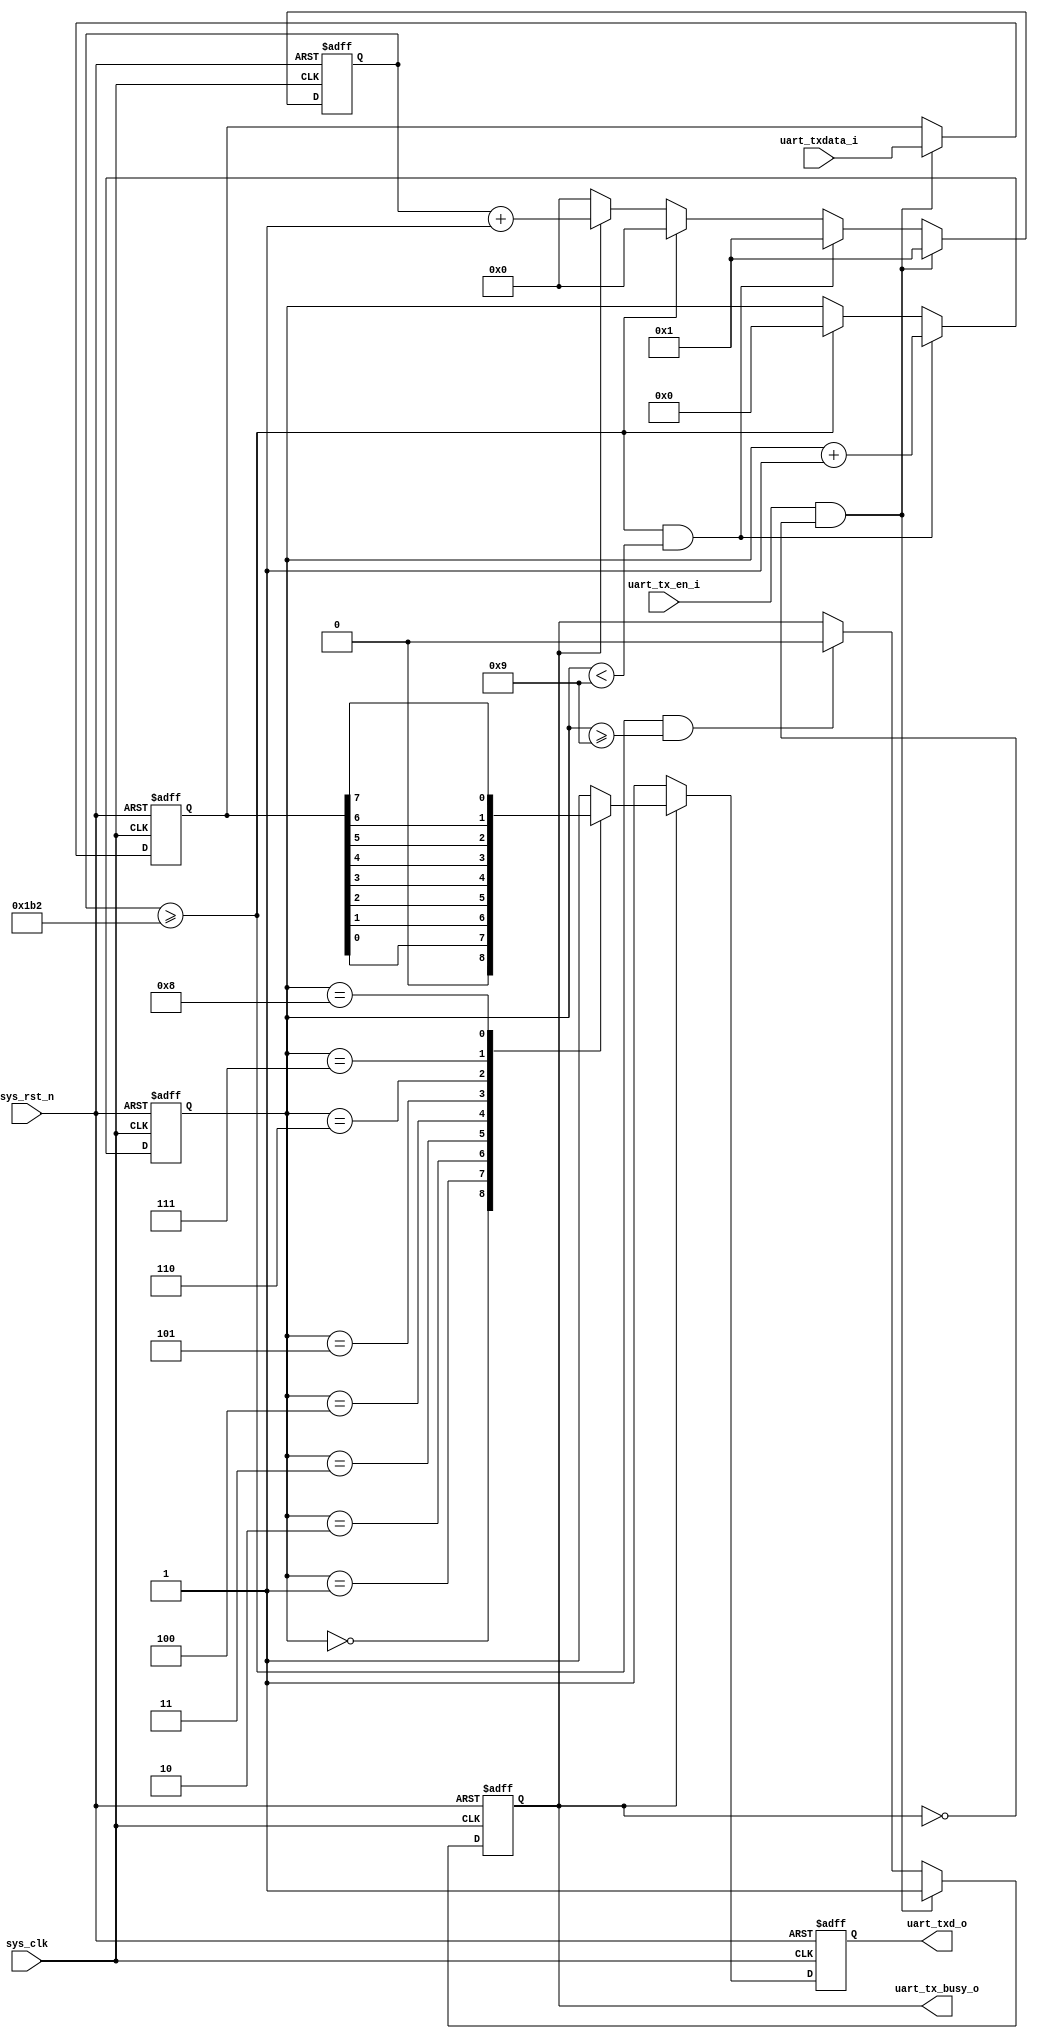
//////////////////////////////////////////////////////////////////////////////////
// Company: 
// 
// Design Name: 
// Module Name:    uart_tx
// Project Name: 
// Target Devices: 
// Tool versions: 
// Description: uart sending data module
//
// Dependencies: 
//
// Revision: 
// Revision 1.00 - File Completed  10:59 05/29/2023 
// Additional Comments: 
//
//////////////////////////////////////////////////////////////////////////////////

module uart_tx (
	input	wire								sys_clk,
	input	wire								sys_rst_n,
	input	wire								uart_tx_en_i,
	input	wire	[7:0]						uart_txdata_i,
	output	reg									uart_tx_busy_o,
	output	reg									uart_txd_o					// output to board
);

	parameter		CLK_FREQ					= 'd50_000_000;
	parameter		BPS							= 'd115200;
	localparam		COUNT						= CLK_FREQ / BPS;
	
	reg		[7:0]								uart_txdata;
	reg		[15:0]								cnt_bps;
	reg		[3:0]								cnt_data;					// 0: start, 1~8: data, 9: stop
	
always @ ( posedge sys_clk or negedge sys_rst_n ) begin
	if ( !sys_rst_n ) begin
		uart_txdata <= 8'h0;
	end else if ( uart_tx_en_i && !uart_tx_busy_o ) begin
		uart_txdata <= uart_txdata_i;
	end else begin
		uart_txdata <= uart_txdata;
	end
end

always @ ( posedge sys_clk or negedge sys_rst_n ) begin
	if ( !sys_rst_n ) begin
		cnt_bps <= 16'd0;
	end else if ( uart_tx_en_i && !uart_tx_busy_o ) begin
		cnt_bps <= 16'd1;
	end else if ( cnt_bps >= COUNT && cnt_data < 'd9 ) begin
		cnt_bps <= 16'd1;
	end else if ( cnt_bps >= COUNT ) begin
		cnt_bps <= 16'd0;
	end else if ( uart_tx_busy_o ) begin
		cnt_bps <= cnt_bps + 16'd1;
	end else begin
		cnt_bps <= 16'd0;
	end
end

always @ ( posedge sys_clk or negedge sys_rst_n ) begin
	if ( !sys_rst_n ) begin
		cnt_data <= 4'd0;
	end else if ( cnt_bps >= COUNT && cnt_data < 'd9 ) begin
		cnt_data <= cnt_data + 4'd1;
	end else if ( cnt_bps >= COUNT ) begin
		cnt_data <= 4'd0;
	end else begin
		cnt_data <= cnt_data;
	end
end

always @ ( posedge sys_clk or negedge sys_rst_n ) begin
	if ( !sys_rst_n ) begin
		uart_tx_busy_o <= 1'b0;
	end else if ( uart_tx_en_i && !uart_tx_busy_o ) begin				// start
		uart_tx_busy_o <= 1'b1;
	end else if ( cnt_bps >= COUNT && cnt_data >= 'd9 ) begin			// stop
		uart_tx_busy_o <= 1'b0;
	end else begin
		uart_tx_busy_o <= uart_tx_busy_o;
	end
end

always @ ( posedge sys_clk or negedge sys_rst_n ) begin
	if ( !sys_rst_n ) begin
		uart_txd_o <= 1'b1;
	end else if ( uart_tx_busy_o ) begin
		case ( cnt_data )
			'd0: uart_txd_o <= 1'b0;
			'd1: uart_txd_o <= uart_txdata[0];
			'd2: uart_txd_o <= uart_txdata[1];
			'd3: uart_txd_o <= uart_txdata[2];
			'd4: uart_txd_o <= uart_txdata[3];
			'd5: uart_txd_o <= uart_txdata[4];
			'd6: uart_txd_o <= uart_txdata[5];
			'd7: uart_txd_o <= uart_txdata[6];
			'd8: uart_txd_o <= uart_txdata[7];
			'd9: uart_txd_o <= 1'b1;
			default: uart_txd_o <= 1'b1;
		endcase
	end else begin
		uart_txd_o <= 1'b1;
	end
end

endmodule